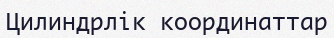
Цилиндрлік координаттар